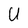
Character: U